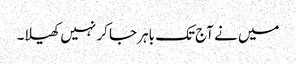
میں نے آج تک باہر جا کر نہیں کھیلا۔